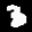
Label: 3